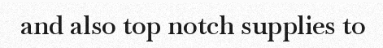
and also top notch supplies to